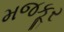
મજકૂર